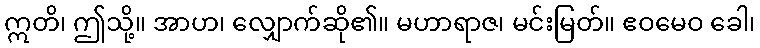
ဣတိ၊ ဤသို့။ အာဟ၊ လျှောက်ဆို၏။ မဟာရာဇ၊ မင်းမြတ်။ ဧဝမေဝ ခေါ၊